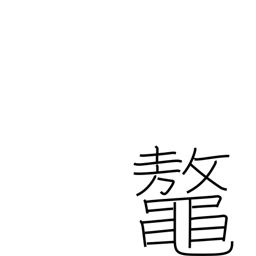
Meaning: great sea turtle